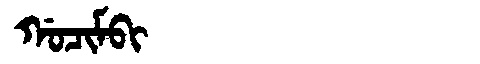
Manchu: ᡤᠣᠴᡳᠮᠪᡳ
Romanization: GOCIMBI